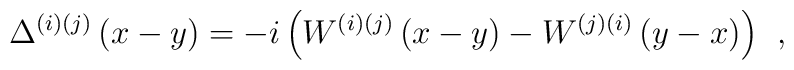
\Delta ^{(i)(j)}\left( x-y\right)=-i\left(W^{(i)(j)}\left( x-y\right) -W^{(j)(i)}\left( y-x\right)\right) \;\,,